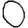
Digit: 0